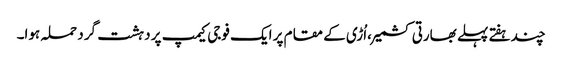
چندہفتے پہلے بھارتی کشمیر ،اُڑی کے مقام پر ایک فوجی کیمپ پر دہشت گرد حملہ ہوا۔